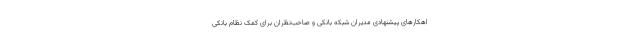
اهکارهای پیشنهادی مدیران شبکه بانکی و صاحب‌نظران برای کمک نظام بانکی